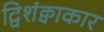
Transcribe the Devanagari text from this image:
द्विशंक्वाकार